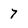
Character: 7